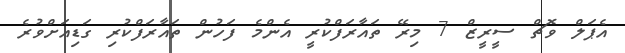
އެޕަލް ވޮޗް ސީރީޒް 7 މިރޭ ތައާރަފްކުރީ އެންމެ ފަހުން ތައާރަފްކުރި ގަޑިއަށްވުރެ